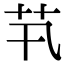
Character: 䒖